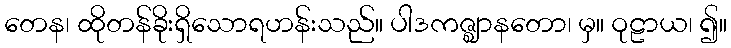
တေန၊ ထိုတန်ခိုးရှိသောရဟန်းသည်။ ပါဒကဇ္ဈာနတော၊ မှ။ ဝုဠာယ၊ ၍။